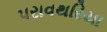
પરાવથરિયા